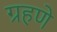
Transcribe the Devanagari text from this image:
ग्रहणे